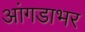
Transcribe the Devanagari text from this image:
आंगडाभर